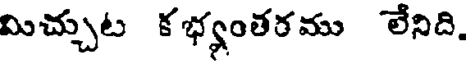
మిచ్చుట కభ్యంతరము లేనిది.